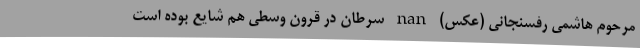
مرحوم هاشمی رفسنجانی (عکس) nan سرطان در قرون وسطی هم شایع بوده است